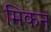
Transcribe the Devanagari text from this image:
मिकन